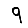
Digit: 9